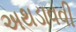
અથડાવવી